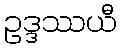
ဥဒ္ဒဿယီ